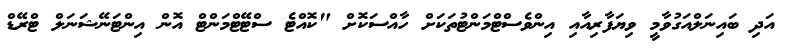
އަދި ބައިނަލްއަގުވާމީ ވިޔަފާރިއާއި އިންވެސްޓްމަންޓުތަކަށް ހާއްސަކޮށް "ކޮއްޓެ ސްޓޭޓްމަންޓް އޮން އިންޓަނޭޝަނަލް ޓްރޭޑް